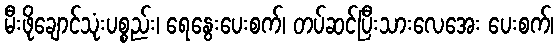
မီးဖိုချောင်သုံးပစ္စည်း၊ ရေနွေးပေးစက်၊ တပ်ဆင်ပြီးသားလေအေး ပေးစက်၊